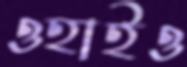
ওহাইও